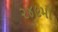
૨૪૯મો